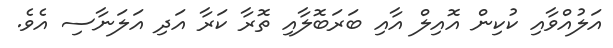
އަލުއްވާއި ކުކިން އޮއިލް އާއި ބަރަބޮލާއި ތޮރާ ކަރާ އަދި އަލަނާސި އެވެ.